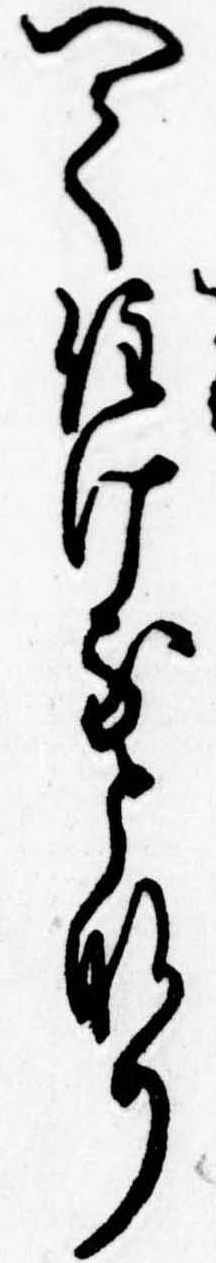
へて住けるとなり